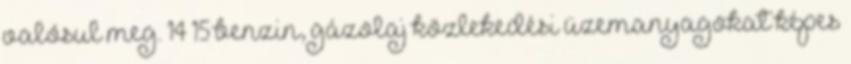
valósul meg. 14 15 benzin, gázolaj közlekedési üzemanyagokat képes